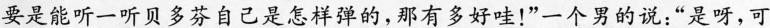
要是能听一听贝多芬自己是怎样弹的，那有多好哇！”一个男的说：”是呀，可